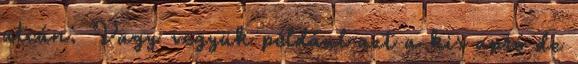
utcán. Vagy vegyük például azt a kis apró de